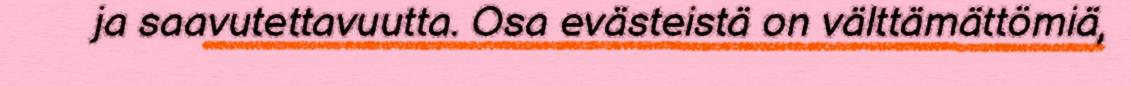
ja saavutettavuutta. Osa evästeistä on välttämättömiä,